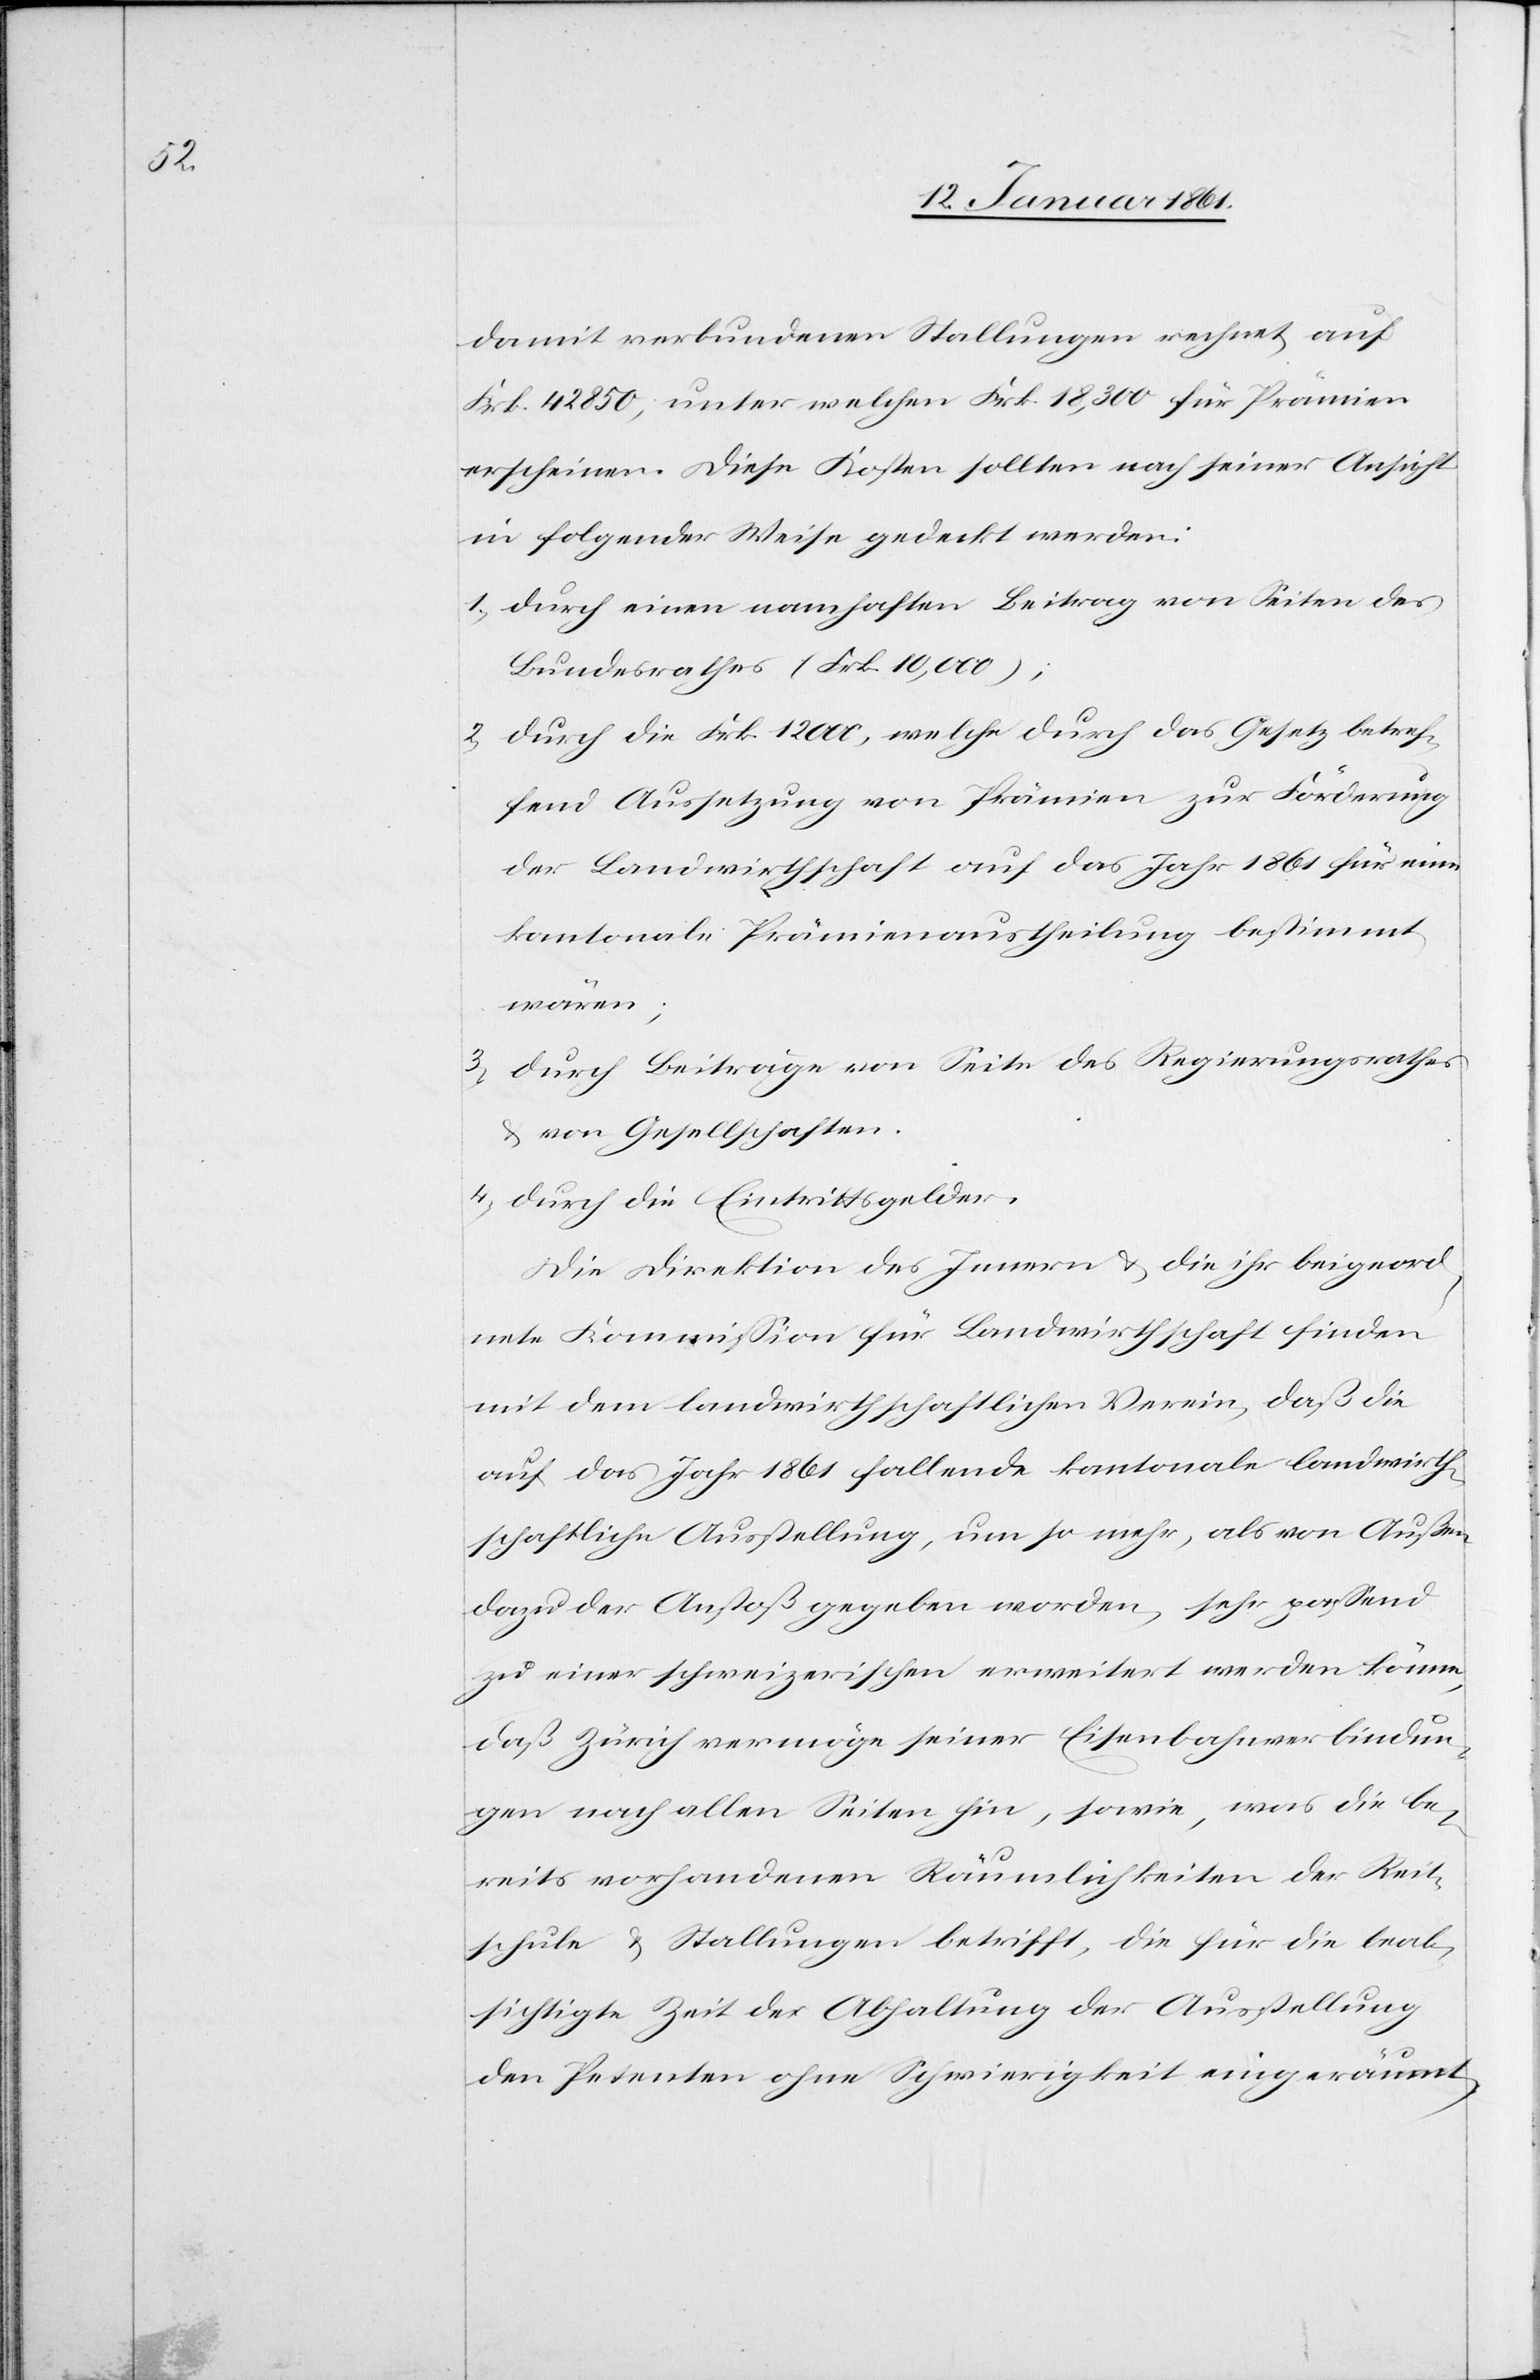
damit verbundenen Stallungen rechnet, auf
Frk. 42 850, unter welchen Frk. 18,300 für Prämien
erscheinen. Diese Kosten sollten nach seiner Ansicht
in folgender Weise gedeckt werden:
1) Durch einen namhaften Beitrag von Seiten des
Bundesrathes (Frk. 10,000);
2) Durch die Frk. 12 000, welche durch das Gesetz betref¬
fend Aussetzung von Prämien zur Förderung
der Landwirthschaft auf das Jahr 1861 für eine
kantonale Prämienaustheilung bestimmt
wären;
3) Durch Beiträge von Seite des Regierungsrathes
u. Gesellschaften.
4) Durch die Eintrittsgelder.
Die Direktion des Innern u. die ihr beigeord¬
nete Kommission für Landwirthschaft finden
mit dem landwirthschaftlichen Verein, daß die
auf das Jahr 1861 fallende kantonale landwirth¬
schaftliche Ausstellung, um so mehr, als von Außen
dazu den Anstoß gegeben worden, sehr passend
zu einer schweizerischen erweitert werden könne,
daß Zürich vermöge seiner Eisenbahnverbindun¬
gen nach allen Seiten hin, sowie, was die be¬
reits vorhandenen Räumlichkeiten der Reit¬
schule u. Stallungen betrifft, die für die beab¬
sichtigte Zeit der Abhaltung der Ausstellung
den Petenten ohne Schwierigkeit eingeräumt